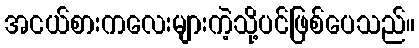
အငယ်စားကလေးများကဲ့သို့ပင်ဖြစ်ပေသည်။